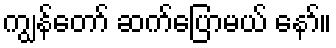
ကျွန်တော် ဆက်ပြောမယ် နော်။